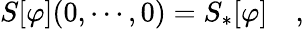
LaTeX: S[\varphi](0,\cdots,0)=S_{*}[\varphi]\quad,